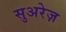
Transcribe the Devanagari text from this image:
सुअरेज़